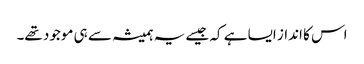
اس کا انداز ایسا ہے کہ جیسے یہ ہمیشہ سے ہی موجود تھے۔